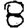
Digit: 8